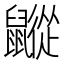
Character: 𪖁